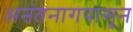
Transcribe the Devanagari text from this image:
अनंतनागपासून